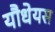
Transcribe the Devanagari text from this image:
यौधेयस